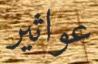
عواثير